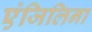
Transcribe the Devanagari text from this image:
एंजिलिना